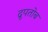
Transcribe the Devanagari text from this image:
द्रुपतोब